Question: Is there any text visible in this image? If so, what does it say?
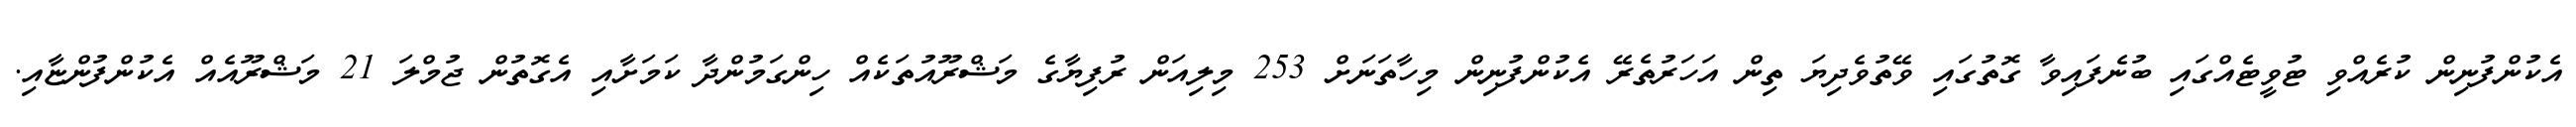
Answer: އެކުންފުނިން ކުރެއްވި ޓުވީޓެއްގައި ބުނެފައިވާ ގޮތުގައި ވޭތުވެދިޔަ ތިން އަހަރުތެރޭ އެކުންފުނިން މިހާތަނަށް 253 މިލިއަން ރުފިޔާގެ މަޝްރޫއުތަކެއް ހިންގަމުންދާ ކަމަށާއި އެގޮތުން ޖުމްލަ 21 މަޝްރޫއެއް އެކުންފުންޏާއި.